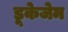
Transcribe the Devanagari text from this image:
डूकेजेम